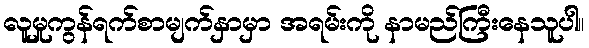
လူမှုကွန်ရက်စာမျက်နှာမှာ အရမ်းကို နာမည်ကြီးနေသူပါ။